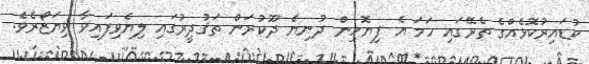
ކުޑައިރުކޮޅެއްގެ ތެރޭގައި ހަމަ އެ ފިޔޮހިން ދުނިޔެ ދޫކުރަން ތަޤުދީރުގައި ލިޔެވިފައިވާ ވިޔަޒޯރެވެ.